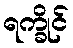
ရက္ခိုင်